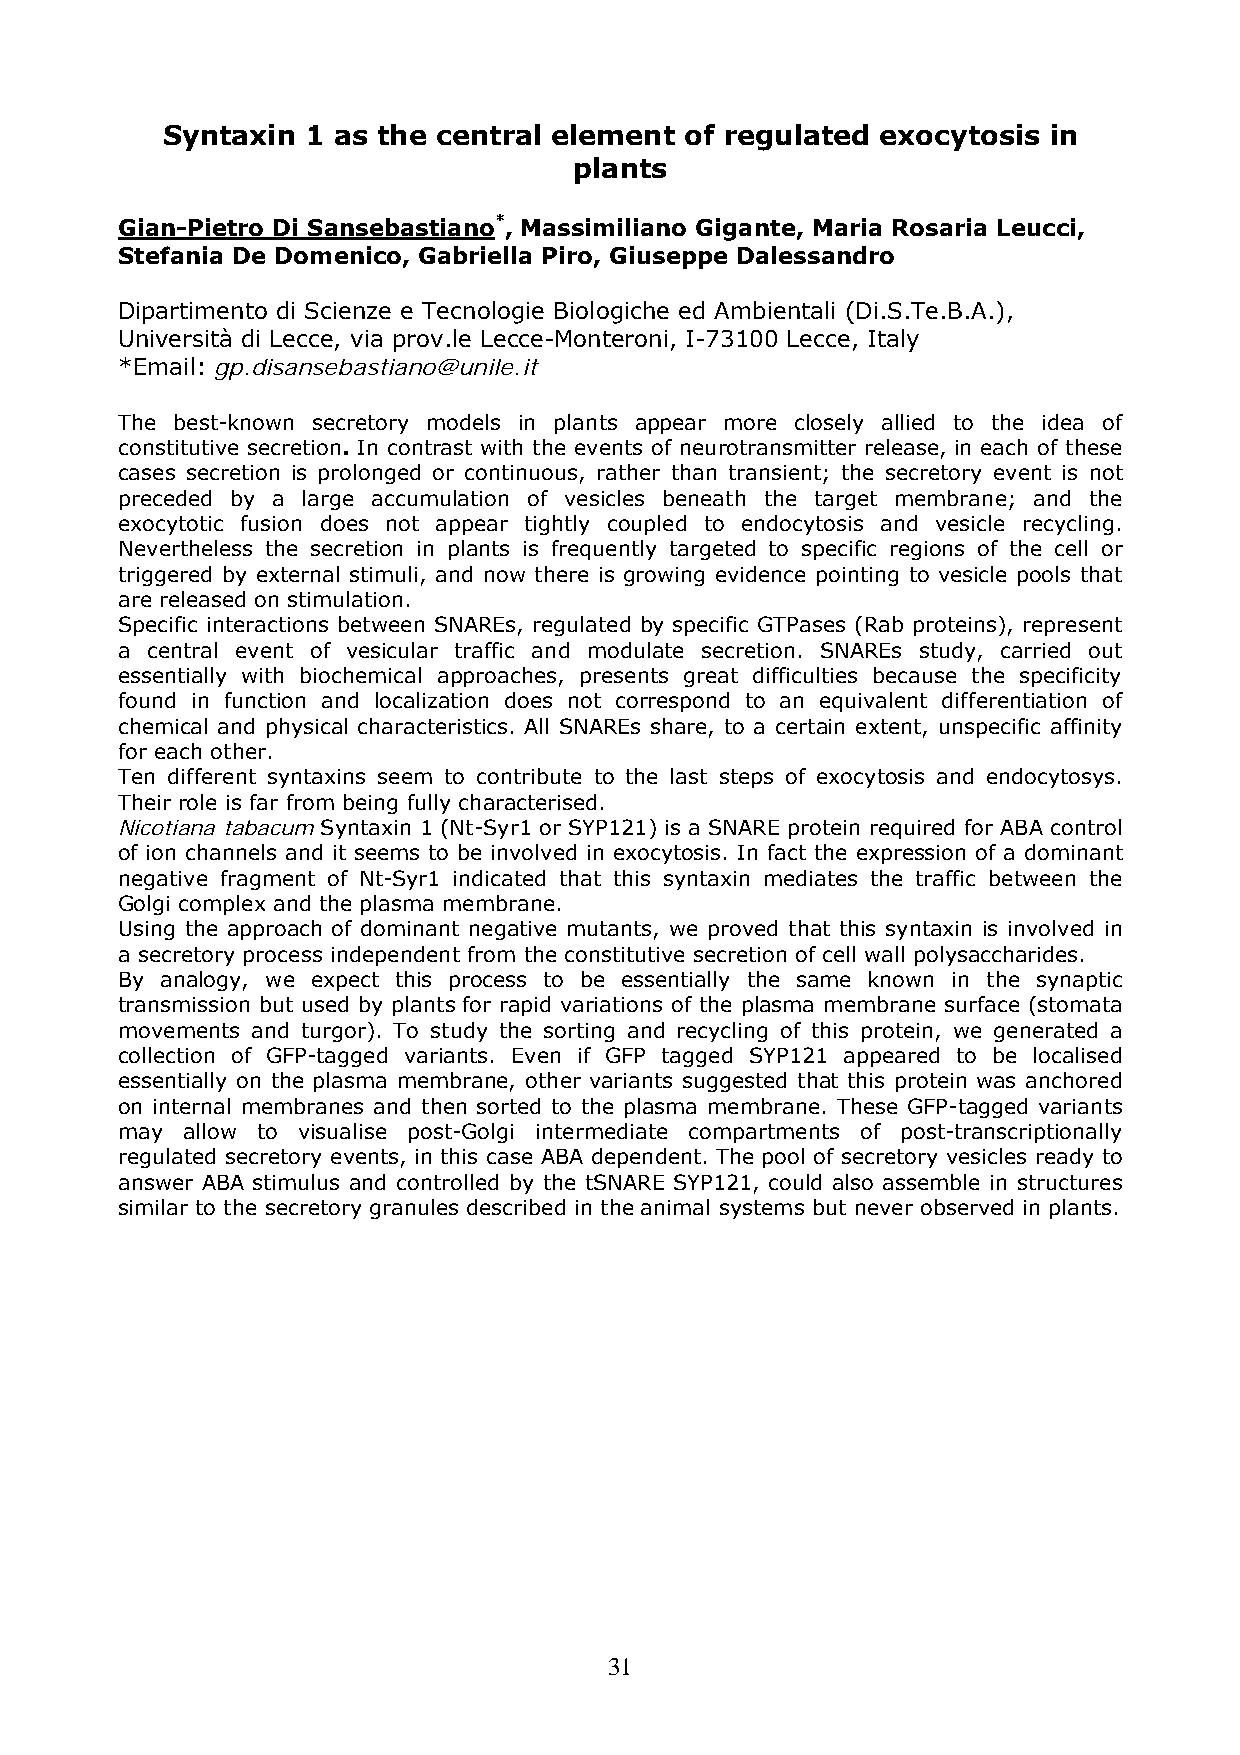
Syntaxin 1 as the central element of regulated exocytosis in
 plants
 Gian-Pietro Di Sansebastiano*, Massimiliano Gigante, Maria Rosaria Leucci,
 Stefania De Domenico, Gabriella Piro, Giuseppe Dalessandro
 Dipartimento di Scienze e Tecnologie Biologiche ed Ambientali (Di.S.Te.B.A.),
 Università di Lecce, via prov.le Lecce-Monteroni, I-73100 Lecce, Italy
 *Email: gp.disansebastiano@unile.it
 The best-known secretory models in plants appear more closely allied to the idea of
 constitutive secretion. In contrast with the events of neurotransmitter release, in each of these
 cases secretion is prolonged or continuous, rather than transient; the secretory event is not
 preceded by a large accumulation of vesicles beneath the target membrane; and the
 exocytotic fusion does not appear tightly coupled to endocytosis and vesicle recycling.
 Nevertheless the secretion in plants is frequently targeted to specific regions of the cell or
 triggered by external stimuli, and now there is growing evidence pointing to vesicle pools that
 are released on stimulation.
 Specific interactions between SNAREs, regulated by specific GTPases (Rab proteins), represent
 a central event of vesicular traffic and modulate secretion. SNAREs study, carried out
 essentially with biochemical approaches, presents great difficulties because the specificity
 found in function and localization does not correspond to an equivalent differentiation of
 chemical and physical characteristics. All SNAREs share, to a certain extent, unspecific affinity
 for each other.
 Ten different syntaxins seem to contribute to the last steps of exocytosis and endocytosys.
 Their role is far from being fully characterised.
 Nicotiana tabacum Syntaxin 1 (Nt-Syr1 or SYP121) is a SNARE protein required for ABA control
 of ion channels and it seems to be involved in exocytosis. In fact the expression of a dominant
 negative fragment of Nt-Syr1 indicated that this syntaxin mediates the traffic between the
 Golgi complex and the plasma membrane.
 Using the approach of dominant negative mutants, we proved that this syntaxin is involved in
 a secretory process independent from the constitutive secretion of cell wall polysaccharides.
 By analogy, we expect this process to be essentially the same known in the synaptic
 transmission but used by plants for rapid variations of the plasma membrane surface (stomata
 movements and turgor). To study the sorting and recycling of this protein, we generated a
 collection of GFP-tagged variants. Even if GFP tagged SYP121 appeared to be localised
 essentially on the plasma membrane, other variants suggested that this protein was anchored
 on internal membranes and then sorted to the plasma membrane. These GFP-tagged variants
 may allow to visualise post-Golgi intermediate compartments of post-transcriptionally
 regulated secretory events, in this case ABA dependent. The pool of secretory vesicles ready to
 answer ABA stimulus and controlled by the tSNARE SYP121, could also assemble in structures
 similar to the secretory granules described in the animal systems but never observed in plants.
 31